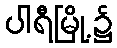
ပါရီမြို့၌